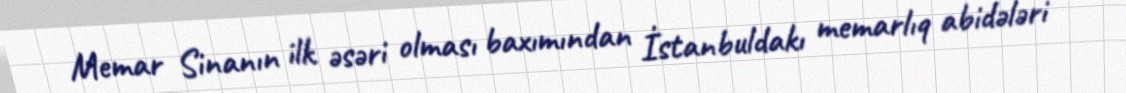
Memar Sinanın ilk əsəri olması baxımından İstanbuldakı memarlıq abidələri